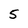
Character: 5